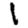
Digit: 1